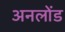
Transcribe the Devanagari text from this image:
अनलोंड